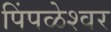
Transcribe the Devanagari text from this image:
पिंपळेश्‍वर